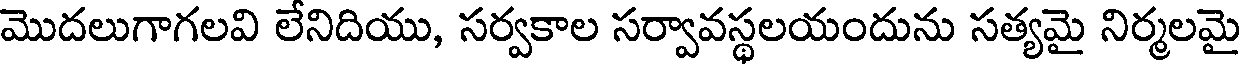
మొదలుగాగలవి లేనిదియు, సర్వకాల సర్వావస్థలయందును సత్యమై నిర్మలమై